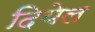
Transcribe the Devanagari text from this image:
दियेल